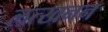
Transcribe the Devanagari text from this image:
लत्खनन